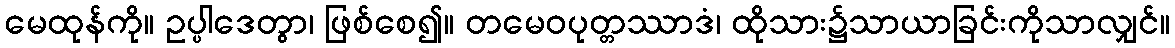
မေထုန်ကို။ ဥပ္ပါဒေတွာ၊ ဖြစ်စေ၍။ တမေဝပုတ္တဿာဒံ၊ ထိုသား၌သာယာခြင်းကိုသာလျှင်။